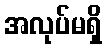
အလုပ်မရှိ